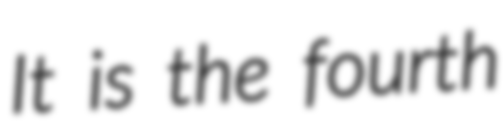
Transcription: It is the fourth